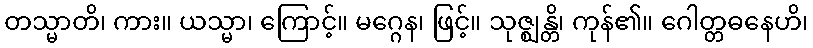
တသ္မာတိ၊ ကား။ ယသ္မာ၊ ကြောင့်။ မဂ္ဂေန၊ ဖြင့်။ သုဇ္ဈန္တိ၊ ကုန်၏။ ဂေါတ္တဓနေဟိ၊